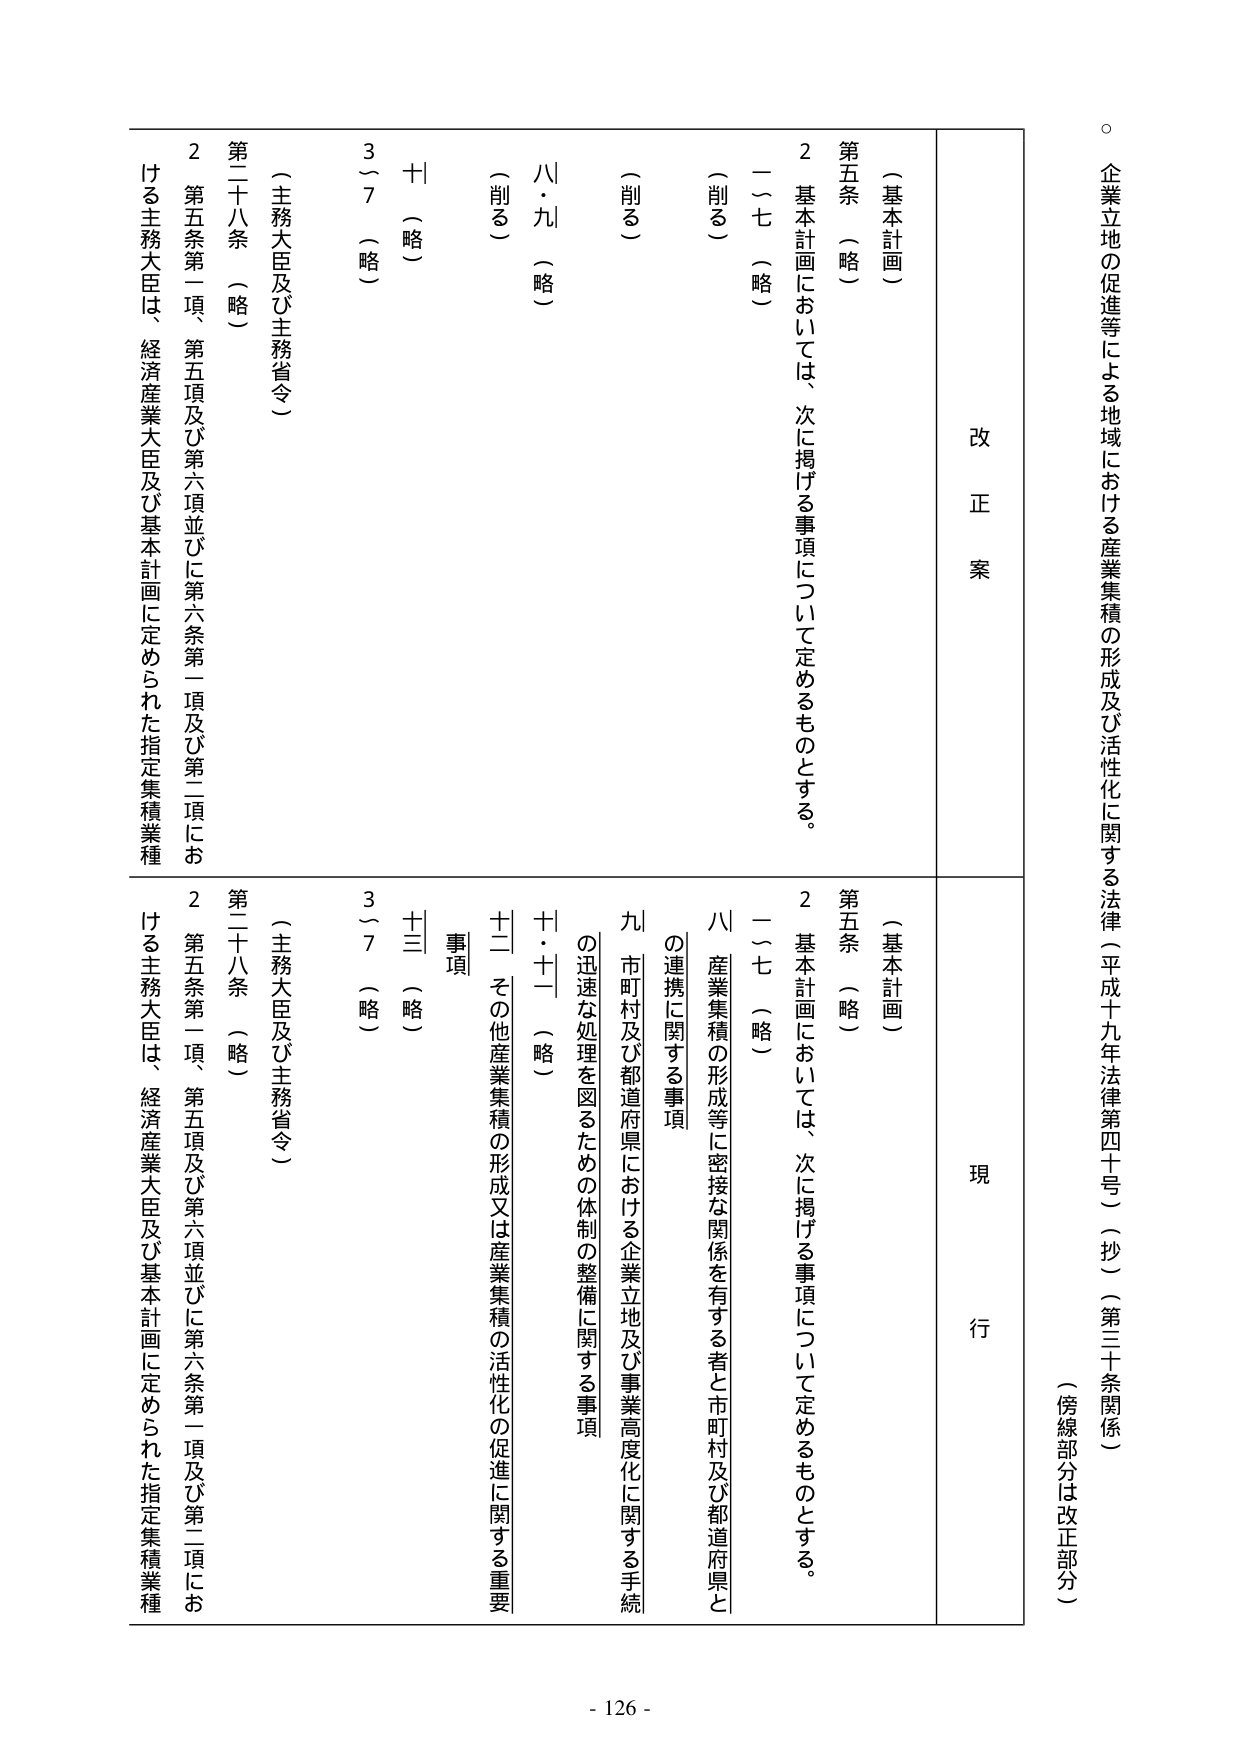
企業立地の促進等による地域における産業集積の形成及び活性化に関する法律（平成十九年法律第四十号）（抄）（第三十条関係）
（傍線部分は改正部分）

改正案
現行

（基本計画）
第五条 （略）
２ 基本計画においては、次に掲げる事項について定めるものとする。
一～七 （略）
（削る）
八・九 （略）
十 （略）
３～７ （略）
（主務大臣及び主務省令）
第二十八条 （略）
２ 第五条第一項、第五項及び第六項並びに第六条第一項及び第二項における主務大臣は、経済産業大臣及び基本計画に定められた指定集積業種

（基本計画）
第五条 （略）
２ 基本計画においては、次に掲げる事項について定めるものとする。
一～七 （略）
八 産業集積の形成等に密接な関係を有する者と市町村及び都道府県との連携に関する事項
九 市町村及び都道府県における企業立地及び事業高度化に関する手続の迅速な処理を図るための体制の整備に関する事項
十・十一 （略）
十二 その他産業集積の形成又は産業集積の活性化の促進に関する重要事項
十三 （略）
３～７ （略）
（主務大臣及び主務省令）
第二十八条 （略）
２ 第五条第一項、第五項及び第六項並びに第六条第一項及び第二項における主務大臣は、経済産業大臣及び基本計画に定められた指定集積業種

- 126 -